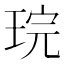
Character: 琓